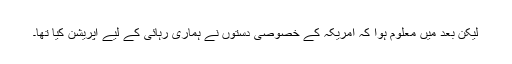
لیکن بعد میں معلوم ہوا کہ امریکہ کے خصوصی دستوں نے ہماری رہائی کے لیے آپریشن کیا تھا۔